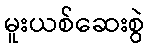
မူးယစ်ဆေးစွဲ